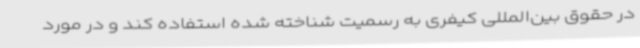
در حقوق بین‌المللی کیفری به رسمیت شناخته شده استفاده کند و در مورد